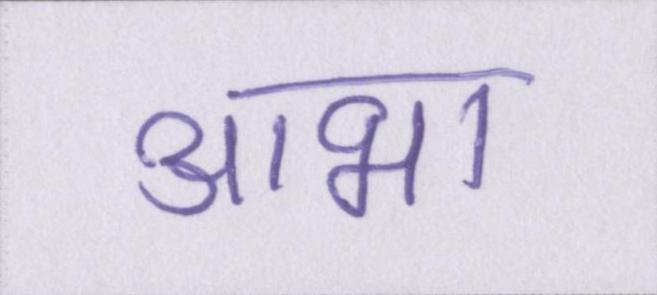
आभा